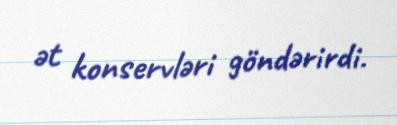
ət konservləri göndərirdi.